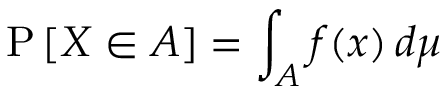
\operatorname { P } \left[ X \in A \right] = \int _ { A } f ( x ) \, d \mu